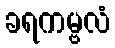
ခရကမ္ဗလံ